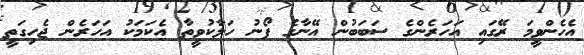
އެހެންވީމަ ރޭގައި އަހަރެންގެ ސަބަބުން އޭނާގެ ފޯނު ހަލާކުވީތާ އެކަމަކު އަހަރެން ޖެހިގަތީ